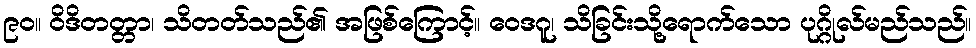
၉၀။ ဝိဒိတတ္တာ၊ သိတတ်သည်၏ အဖြစ်ကြောင့်။ ဝေဒဂူ၊ သိခြင်းသို့ရောက်သော ပုဂ္ဂိုလ်မည်သည်။